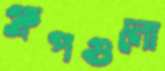
গ্রুপগুলো